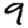
Digit: 9